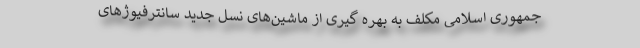
جمهوری اسلامی مکلف به بهره گیری از ماشین‌های نسل جدید سانترفیوژهای